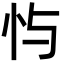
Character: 𫹮